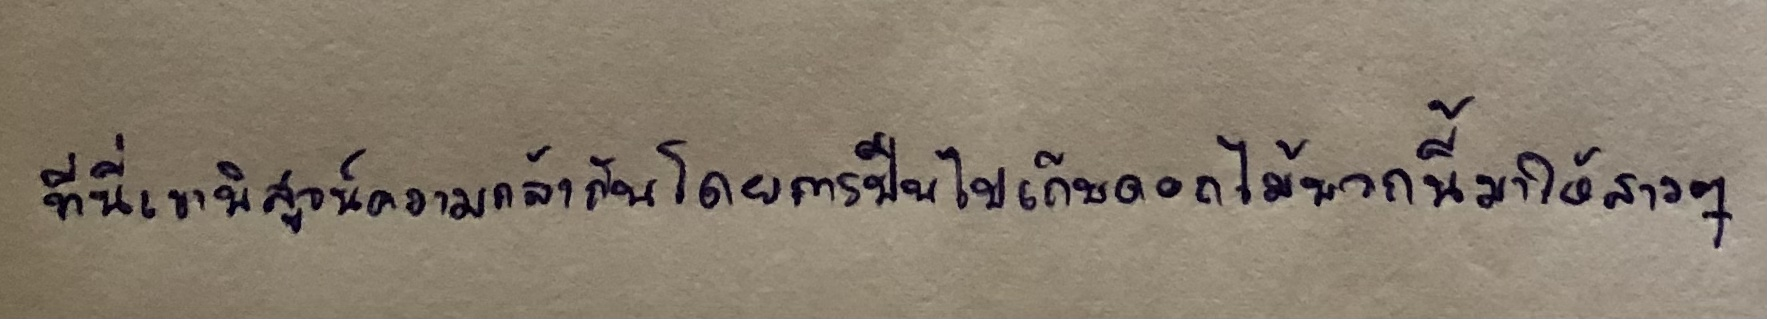
ที่นี่เขาพิสูจน์ความกล้ากันโดยการปีนไปเก็บดอกไม้พวกนี้มาให้สาวๆ